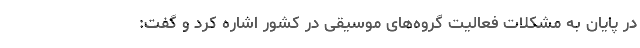
در پایان به مشکلات فعالیت گروه‌های موسیقی در کشور اشاره کرد و گفت: